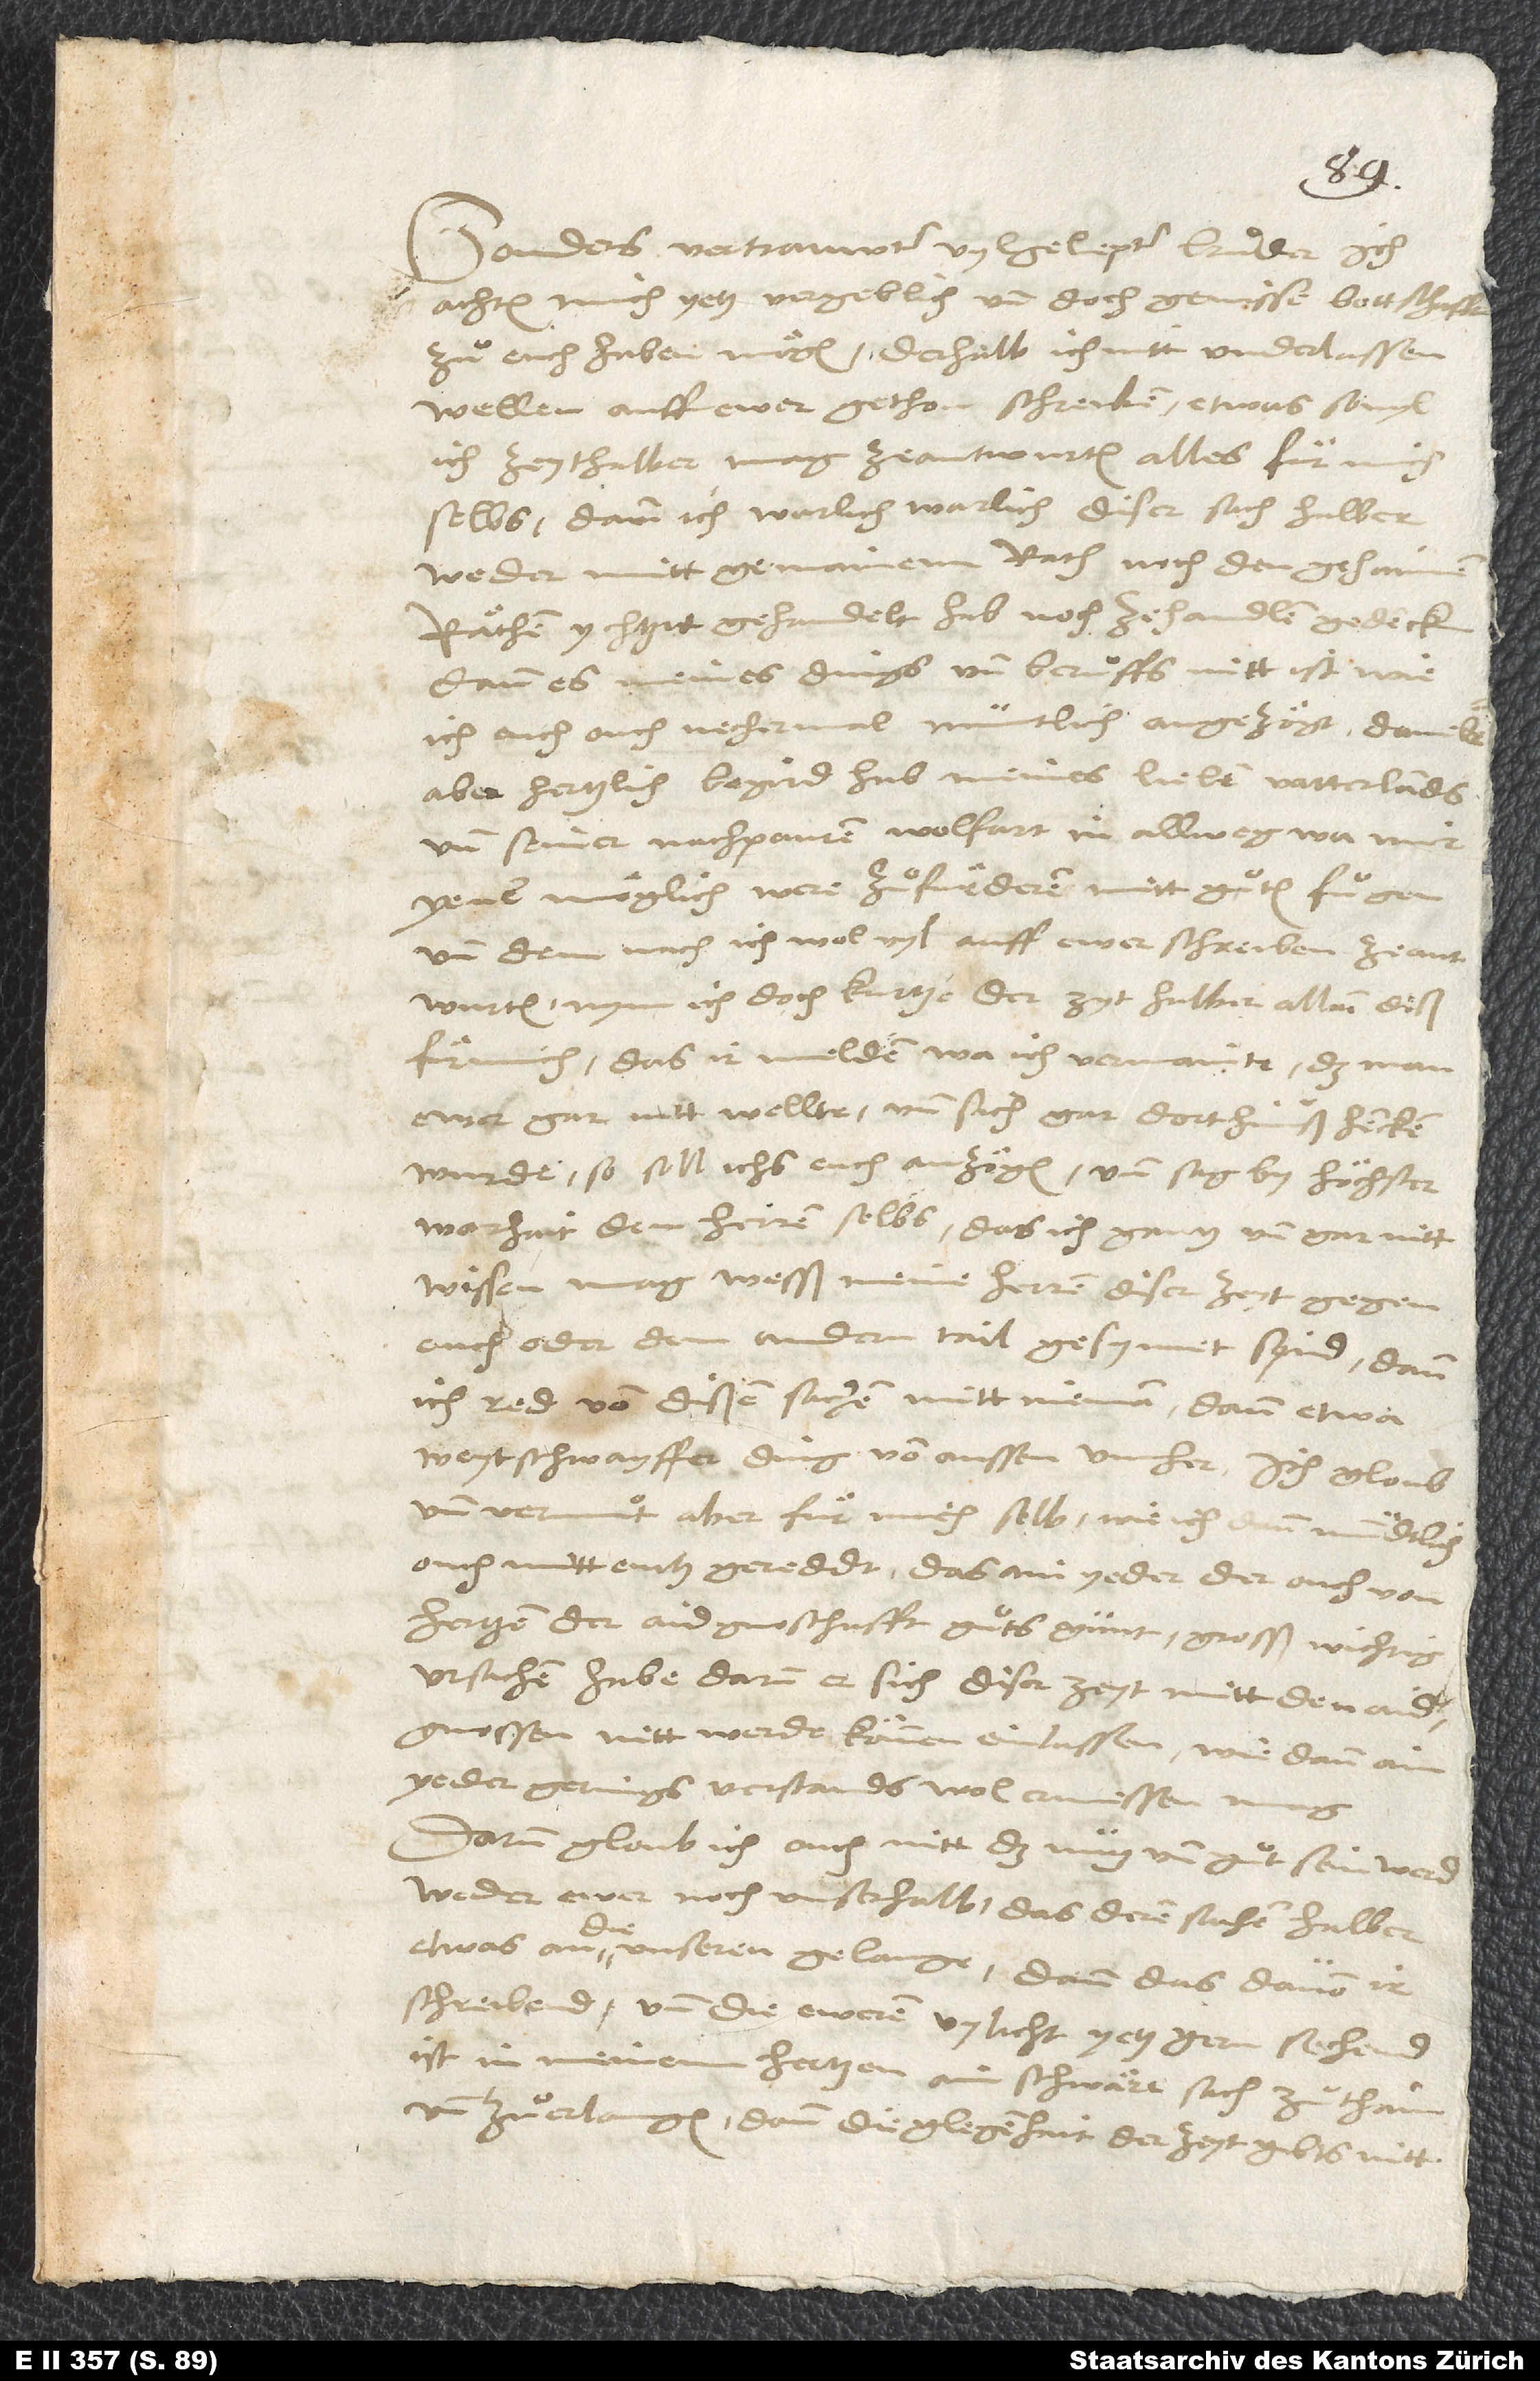
Sonders vertrauwter, vylgeliepter bruͦder.
achten mich yetz vergeblich und doch gewisse bottschafft
zuͦ euch haben mögen, derhalb ich nitt underlassen
wellen, auff ewer gethon schreiben etwas, sovyl
ich zeythalber mag, zeantwurten, alles für mich
selbs; dann ich warlich, warlich diser sach halber
weder mitt gemainem rath noch den gehaimen
räthen ychtzid gehandelt hab noch ze handlen gedenck.
Dann es meines dings und beruͦffs nitt ist, wie
ich euch ouch nechermal muntlich angezögt, daneben
aber hertzlich begird hab, meines lieben vatterlands
und seiner nachpauren wolfart in allweg, wa mir
yenen möglich were, zuͦfürderen mitt guͦten fuͦgen.
Und dem nach ich wol vyl auff ewer schreiben zeantwurten,
nym ich doch kurtze der zyt halber allain diß
für mich, das ir melden, wa ich vermainte, das man
ewer gar nitt wellte und sich gar dorthinuß hencken
wurde, so soll ichs euch anzögen; und sag by höchster
warhait den herren selbs, das ich gantz und gar nitt
wissen mag, wesß meine herren diser zeyt gegen
euch oder dem andern tail gesynnet synd; dann
ich red von disen sachen mitt niemann dann etwa
weytschwayffer ding von aussen umher.
und vermuͦt aber für mich selb, wie ich dann mundtlich
ouch mitt euch gereddt, das ain yeder, der ouch von
hertzen der aidgnoschafft guͦts gunt, grosß wichtig
ursachen habe, darum er sich diser zeyt mitt den aidgnossen
nitt werde können einlassen, wie dann ain
yeder gerings verstands wol ermessen mag.
Darum gloub ich ouch nitt, das nutz und guͦt sein werd
weder ewer noch unser halb, das deren sachen halber
etwas an die unseren gelange; dann das, davon ir
schreibend und die eweren vylicht yetz gern sechend,
ist in meinem hertzen ain schwäre sach zuͦ thain
und zuͦ erlangen; dann die glegenhait der zeyt gibts nitt.